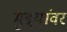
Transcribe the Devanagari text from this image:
मुद्दयांवर